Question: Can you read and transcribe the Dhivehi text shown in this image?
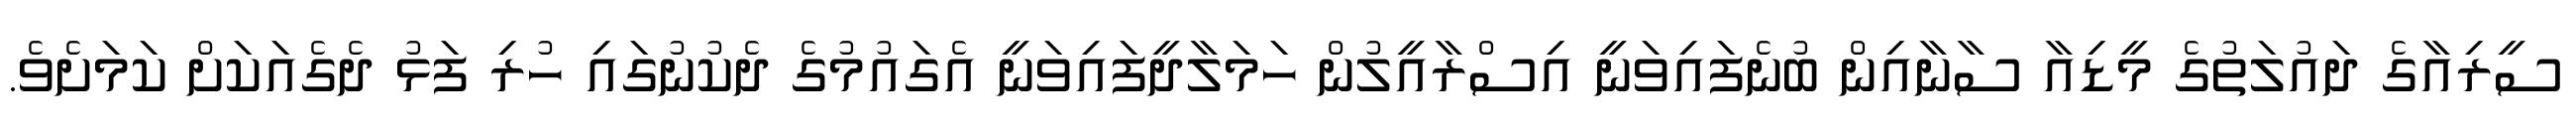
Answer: ސީރިއާގެ ދައުލަތުގެ މީޑިއާ ސާނާއިން ބުނެފައިވަނީ އިސްރާއީލުން ހަމަލާދީފައިވަނީ އެގައުމުގެ ދެކުނުގައި ހުރި ފަޅު ދެގެއަކަށް ކަމަށެވެ.